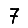
Digit: 7